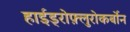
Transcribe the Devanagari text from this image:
हाईड्रोफ़्लुरोकर्बोन